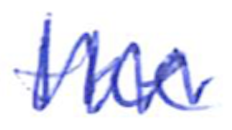
Text: the
Cross-out: zig-zag
Writing tool: ballpoint